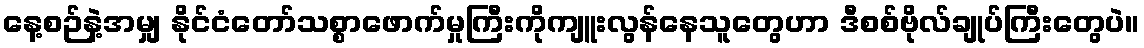
နေ့စဉ်နဲ့အမျှ နိုင်ငံတော်သစ္စာဖောက်မှုကြီးကိုကျူးလွန်နေသူတွေဟာ ဒီစစ်ဗိုလ်ချုပ်ကြီးတွေပဲ။